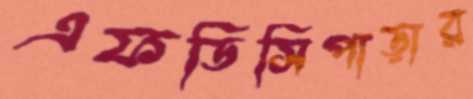
এফডিসিপাড়ার